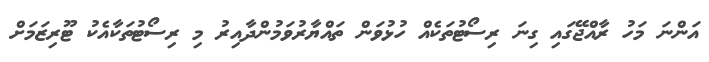
އަންނަ މަހު ރާއްޖޭގައި ގިނަ ރިސޯޓުތަކެއް ހުޅުވަން ތައްޔާރުވަމުންދާއިރު މި ރިސޯޓުތަކާއެކު ޓޫރިޒަމަށް